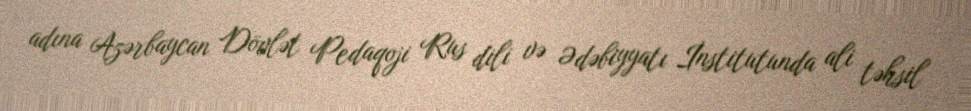
adına Azərbaycan Dövlət Pedaqoji Rus dili və Ədəbiyyatı İnstitutunda ali təhsil